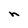
Character: n